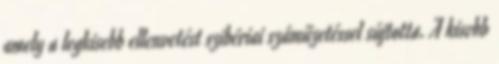
amely a legkisebb ellenvetést szibériai száműzetéssel sújtotta. A kisebb